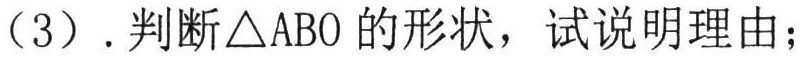
（3）. 判断\(\triangle ABO\)的形状，试说明理由；